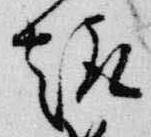
趣